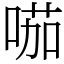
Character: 𠸏